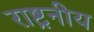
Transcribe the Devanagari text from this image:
राष्ट्रनीय